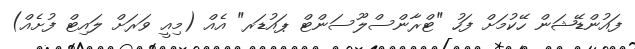
ފައުންޑޭޝަން ހޭކުމަށް ފަހު "ޓްރާންސްލޫސަންޓް ޕައުޑަރ" އެއް (މިއީ ވަރަށް ލައިޓް ފުށެއް)